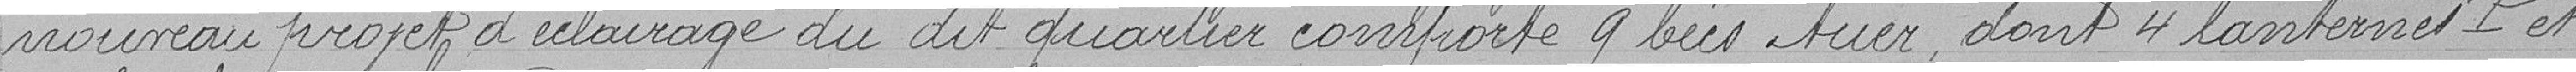
nouveau projet d'éclairage du dit quartier comporte 9 bec Auer dont 4 lanternes P et